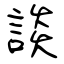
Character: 談